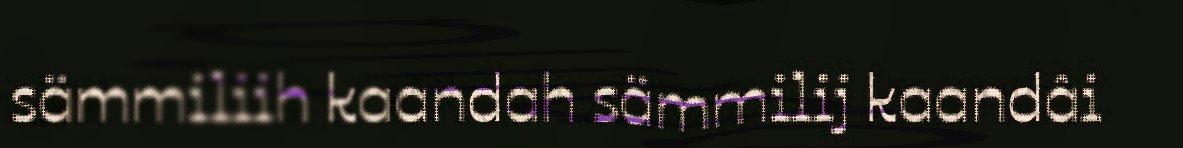
sämmiliih kaandah sämmilij kaandâi